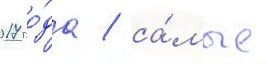
2017 го́да / са́мые